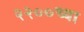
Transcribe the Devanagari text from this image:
२२००च्या